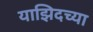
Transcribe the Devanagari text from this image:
याझिदच्या